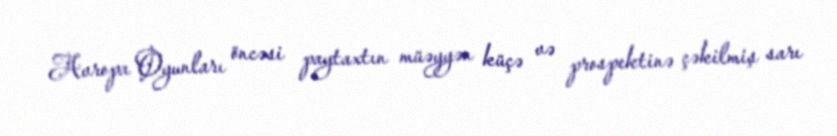
Avropa Oyunları öncəsi paytaxtın müəyyən küçə və prospektinə çəkilmiş sarı